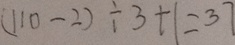
( 1 1 0 - 2 ) \div 3 + 1 = 3 7